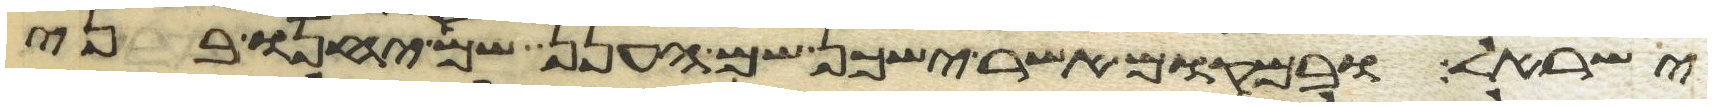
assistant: ישראל ובמקום אשר ישכן שם הענן שם יחנו בני